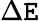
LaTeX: \Delta\mathtt{E}